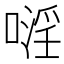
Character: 𠽍